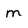
Character: m